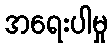
အရေးပါမှု